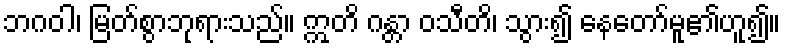
ဘဂဝါ၊ မြတ်စွာဘုရားသည်။ ဣတိ ဂန္တာ ဝသီတိ၊ သွား၍ နေတော်မူ၏ဟူ၍။